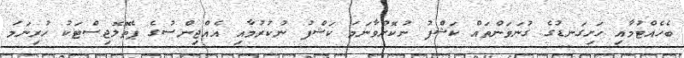
ބެހެއްޓުމާއި ހަށިގަނޑުގެ ގުނަވަންތައް ކަޝްފު ނުކޮށްވާނަމަ ކަޝްފު ނުކުރުމާއި އެއްޖިންސުގެ ޕެތޮލޮޖިސްޓަކު ހުރިނަމަ